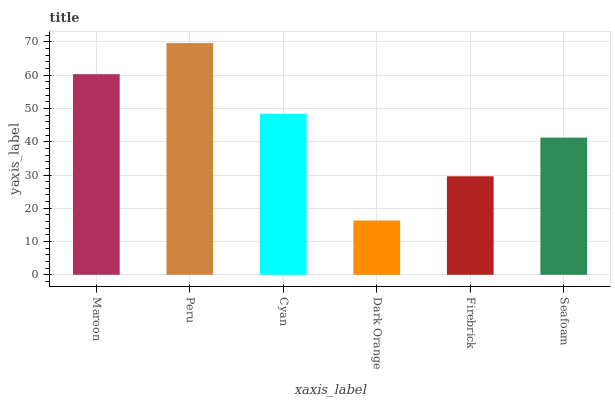
| xaxis_label | bars |
 | --- | --- |
 | Maroon | 60.3 |
 | Peru | 69.7 |
 | Cyan | 48.4 |
 | Dark Orange | 16.3 |
 | Firebrick | 29.6 |
 | Seafoam | 41.2 |